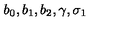
b _ { 0 } , b _ { 1 } , b _ { 2 } , \gamma , \sigma _ { 1 }